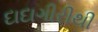
દાદાગીરીથી